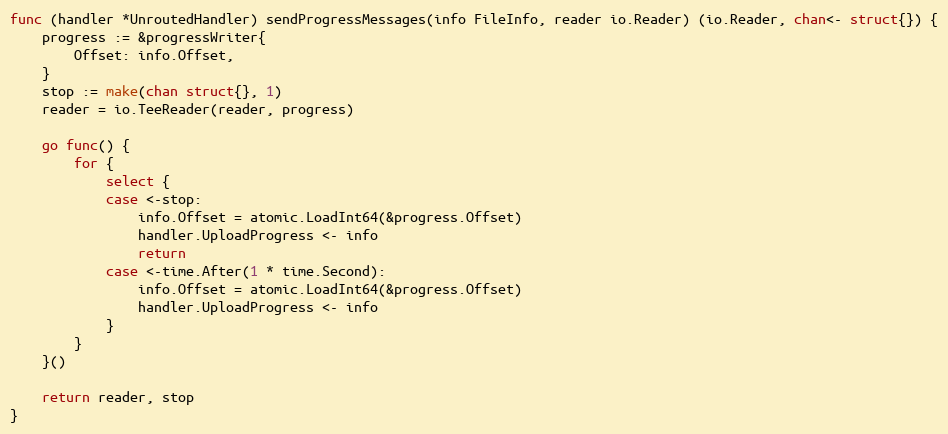
Language: Go
func (handler *UnroutedHandler) sendProgressMessages(info FileInfo, reader io.Reader) (io.Reader, chan<- struct{}) {
	progress := &progressWriter{
		Offset: info.Offset,
	}
	stop := make(chan struct{}, 1)
	reader = io.TeeReader(reader, progress)

	go func() {
		for {
			select {
			case <-stop:
				info.Offset = atomic.LoadInt64(&progress.Offset)
				handler.UploadProgress <- info
				return
			case <-time.After(1 * time.Second):
				info.Offset = atomic.LoadInt64(&progress.Offset)
				handler.UploadProgress <- info
			}
		}
	}()

	return reader, stop
}